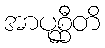
အာပုစ္ဆီတိ